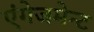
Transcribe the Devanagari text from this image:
एंगेजमेन्ट